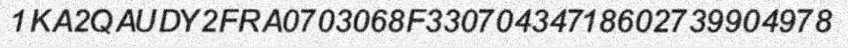
1KA2QAUDY2FRA0703068F33070434718602739904978